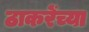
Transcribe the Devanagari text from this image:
ठाकरेंच्या